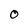
Character: O